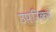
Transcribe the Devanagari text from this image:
उपरिकर